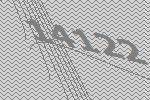
14122